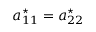
a _ { 1 1 } ^ { \star } = a _ { 2 2 } ^ { \star }